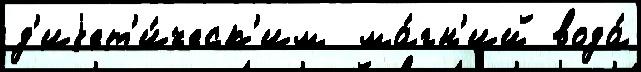
д'иjет'и́ческ'им  ма́гн'ий вода́